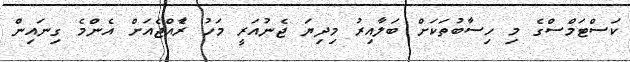
ކަސްޓަމްސްގެ މި ހިސާބުތަކަށް ބަލާއިރު މިދިޔަ ޖެނުއަރީ މަހު ރެާއްޖެއަށް އެންމެ ގިނައިން